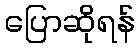
ပြောဆိုရန်